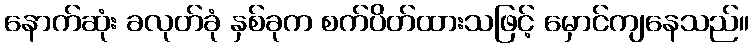
နောက်ဆုံး ခလုတ်ခုံ နှစ်ခုက စက်ပိတ်ထားသဖြင့် မှောင်ကျနေသည်။